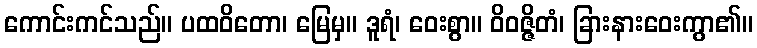
ကောင်းကင်သည်။ ပထဝိတော၊ မြေမှ။ ဒူရံ၊ ဝေးစွာ။ ဝိဝဇ္ဇိတံ၊ ခြားနားဝေးကွာ၏။